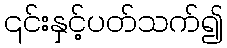
၎င်းနှင့်ပတ်သက်၍